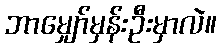
ဘာမျှော်မှန်းဦးမှာလဲ။